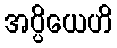
အပ္ပိယေဟိ